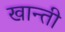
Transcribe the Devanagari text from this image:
खान्ती